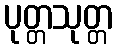
ပုတ္တသုတ္တ